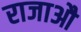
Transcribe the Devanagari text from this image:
राजाऔ